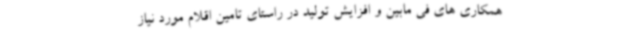
همکاری های فی مابین و افزایش تولید در راستای تامین اقلام مورد نیاز